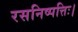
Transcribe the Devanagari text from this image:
रसनिष्पत्तिः।